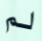
لم